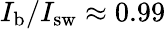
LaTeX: I_{\mathrm{b}}/I_{\mathrm{sw}}\approx 0.99